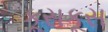
કૂસકૂસ